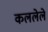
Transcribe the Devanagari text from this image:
कललेले